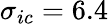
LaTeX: \sigma_{ic}=6.4